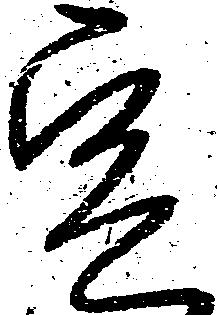
定